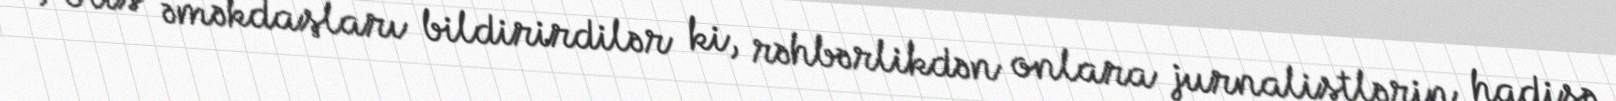
Polis əməkdaşları bildirirdilər ki, rəhbərlikdən onlara jurnalistlərin hadisə